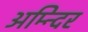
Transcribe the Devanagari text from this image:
अम्न्दिर